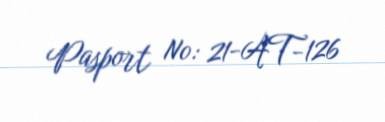
Pasport №: 21-AT-126